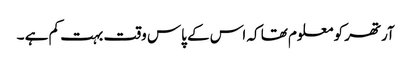
آرتھر کو معلوم تھا کہ اس کے پاس وقت بہت کم ہے ۔